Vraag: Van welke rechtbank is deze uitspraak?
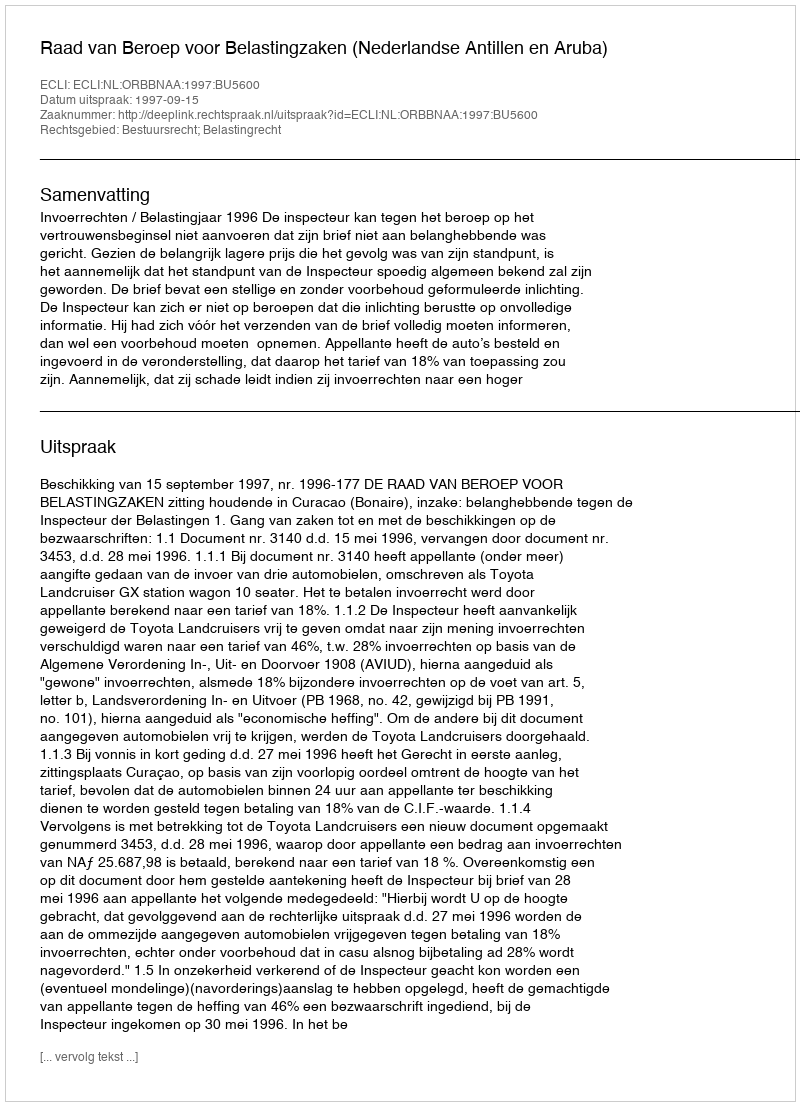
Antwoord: Raad van Beroep voor Belastingzaken (Nederlandse Antillen en Aruba)